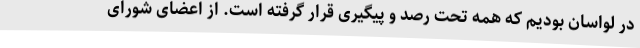
در لواسان بودیم که همه تحت رصد و پیگیری قرار گرفته است. از اعضای شورای